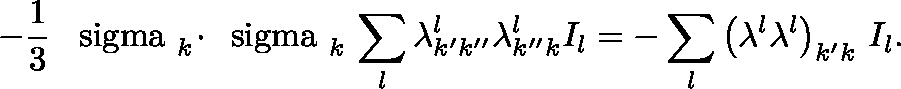
- \frac { 1 } { 3 } \, \mathrm { \boldmath ~ \ s i g m a ~ } _ { k } \! \cdot \! \mathrm { \boldmath ~ \ s i g m a ~ } _ { k } \, \sum _ { l } \lambda _ { k ^ { \prime } k ^ { \prime \prime } } ^ { l } \lambda _ { k ^ { \prime \prime } k } ^ { l } I _ { l } = - \sum _ { l } \left( \lambda ^ { l } \lambda ^ { l } \right) _ { k ^ { \prime } k } \, I _ { l } .